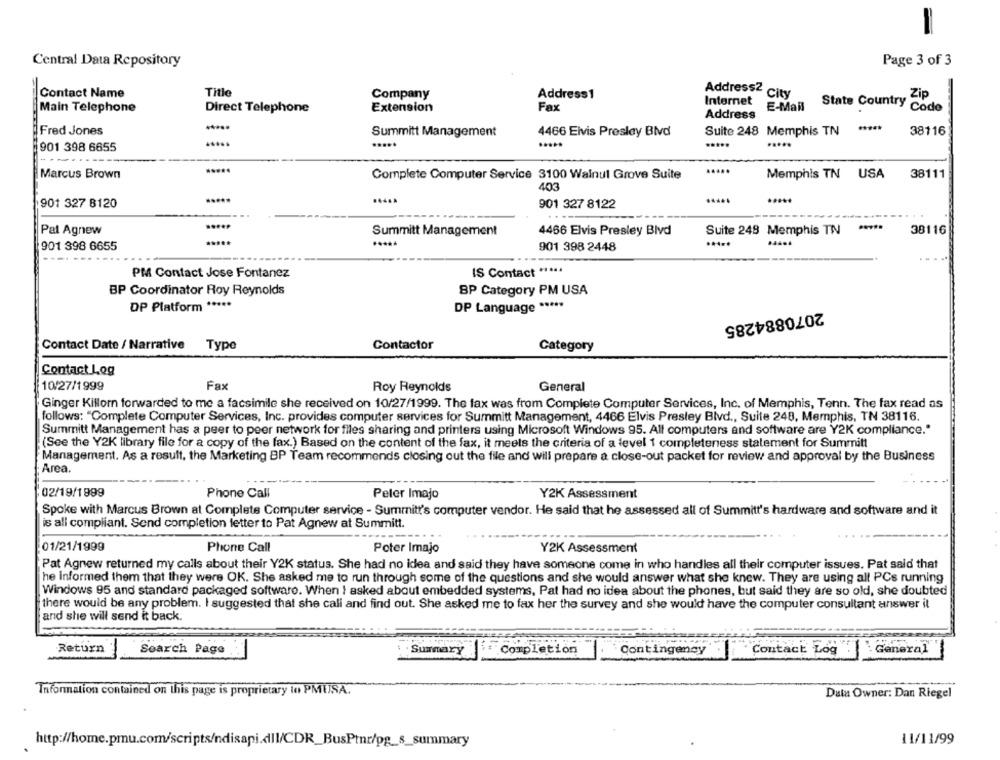
Page 3 of 3
Central Data Repository
Title
Contact Name
Company
Address1
Address2 city
Zip
Fax
Internet
Main Telephone
Direct Telephone
Extension
Address
E-Mail
State Country Code
Fred Jones
Summitt Management
4466 Elvis Presley Blvd
Suite 248 Memphis TN
38116
.....
.....
.....
.....
901 398 6655
Marcus Brown
....
Complete Computer Service 3100 Walnut Grove Suite
.....
Memphis TN USA
38111
403
901 327 8120
901 327 8122
.....
.....
.....
Pat Agnew
Summitt Management
4466 Elvis Presley Blvd
Suite 248 Memphis TN
38116
901 898 6655
901 398 2448
IS Contact
PM Contact Jose Fontanez
BP Coordinator Roy Reynolds
BP Category PM USA
DP Platform *****
DP Language *****
2070884285
Contact Date / Narrative
Type
Contactor
Category
Contact Log
10/27/1999
Fax
General
Roy Reynolds
Ginger Killorn forwarded to me a facsimile she received on 10/27/1999. The fax was from Complete Computer Services, Inc. of Memphis, Tenn. The fax read as
follows: "Complete Computer Services, Inc. provides computer services for Summitt Management, 4466 Elvis Presley Blvd ., Suite 248, Memphis, TN 38116.
Summitt Management has a peer to peer network for files sharing and printers using Microsoft Windows 95. All computers and software are Y2K compliance."
(See the Y2K library file for a copy of the fax.) Based on the content of the fax, it meets the criteria of a level 1 completeness statement for Summitt
Management. As a result, the Marketing BP Team recommends closing out the file and will prepare a close-out packet for review and approval by the Business
Area.
02/19/1999
Phone Call
Peler Imajo
Y2K Assessment
Spoke with Marcus Brown at Complete Computer service - Summitt's computer vendor. He said that he assessed all of Summitt's hardware and software and it
is all compliant. Send completion letter to Pat Agnew at Summitt.
.. ..
01/21/1999
Phone Call
Poter Imajo
Y2K Assessment
Pat Agnew returned my calls about their Y2K status. She had no idea and said they have someone come in who handles all their computer issues. Pat said that
he Informed them that they were OK. She asked me to run through some of the questions and she would answer what she knew. They are using all PCs running
Windows 95 and standard packaged software. When I asked about embedded systems, Pat had no idea about the phones, but said they are so old, she doubted
there would be any problem. I suggested that she call and find out. She asked me to fax her the survey and she would have the computer consultant answer il
and she will send it back.
Return
Search Page
Summary
Completion
Contingency
Contact Log
General
Information contained on this page is proprietary lo PMUSA.
Dala Owner: Dan Riegel
http://home.pmu.com/scripts/ndisapi.dll/CDR_BusPtnr/pg_s_summary
11/11/99